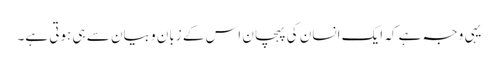
یہی وجہ ہے کہ ایک انسان کی پہچان اس کے زبان و بیان سے ہی ہوتی ہے۔